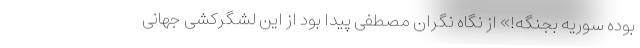
بوده سوریه بجنگه!» از نگاه نگران مصطفی پیدا بود از این لشگرکشی جهانی